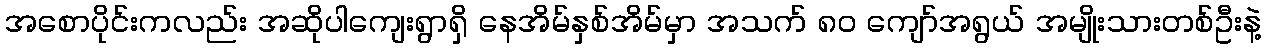
အစောပိုင်းကလည်း အဆိုပါကျေးရွာရှိ နေအိမ်နှစ်အိမ်မှာ အသက် ၈၀ ကျော်အရွယ် အမျိုးသားတစ်ဦးနဲ့